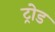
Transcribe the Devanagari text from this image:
ट्रोड